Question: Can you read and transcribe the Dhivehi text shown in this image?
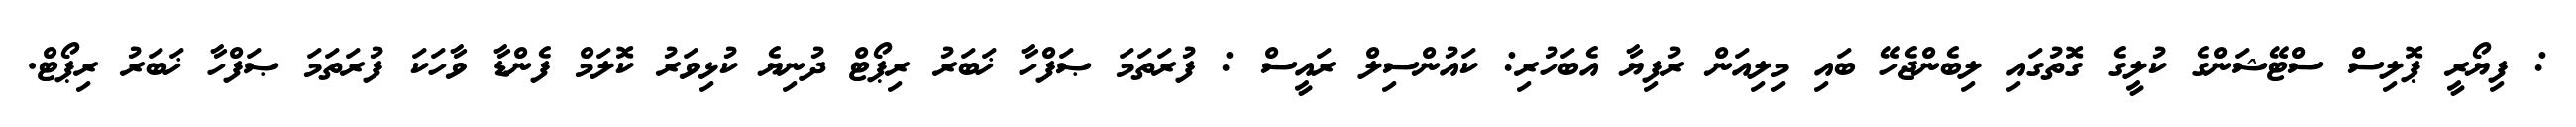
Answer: : ފިޔޯރީ ޕޮލިސް ސްޓޭޝަންގެ ކުލީގެ ގޮތުގައި ލިބެންޖެހޭ ބައި މިލިއަން ރުފިޔާ އެބަހުރި: ކައުންސިލް ރައީސް : ފުރަތަމަ ޞަފްހާ ޚަބަރު ރިޕޯޓް ދުނިޔެ ކުޅިވަރު ކޮލަމް ފެންޑާ ވާހަކަ ފުރަތަމަ ޞަފްހާ ޚަބަރު ރިޕޯޓް.